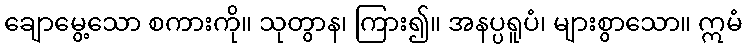
ချောမွေ့သော စကားကို။ သုတွာန၊ ကြား၍။ အနပ္ပရူပံ၊ များစွာသော။ ဣမံ